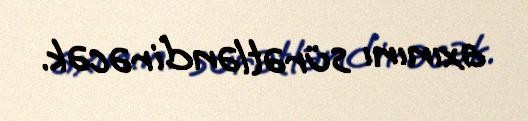
axınını sürətləndirəcək.